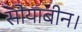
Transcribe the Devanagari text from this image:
सोयाबीन।